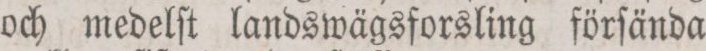
och medelſt landswägsforsling förſända